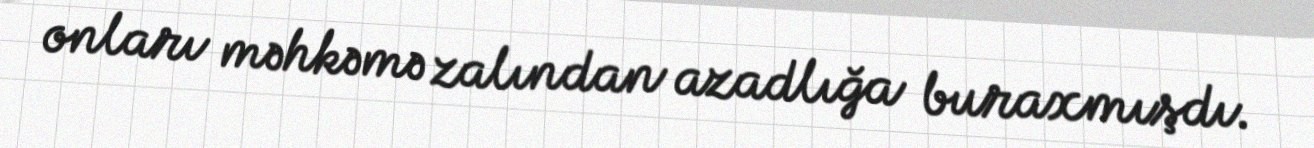
onları məhkəmə zalından azadlığa buraxmışdı.